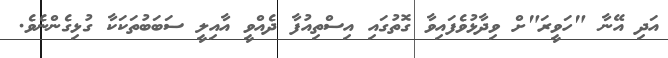
އަދި އޭނާ "ހަވީރަ"ށް ވިދާޅުވެފައިވާ ގޮތުގައި އިސްތިއުފާ ދެއްވީ އާއިލީ ސަބަބުތަކަކާ ގުޅިގެންނެވެ.